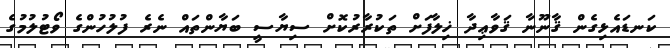
ކަނޑައެޅިގެން ޤާނޫނާ ޤަވާޢިދާ ޚިލާފަށް ތަކުރާރުކޮށް ސިޔާސީ ބަޔާންތައް ނެރެ ފުލުހުންގެ ވޯޓުލުމުގެ